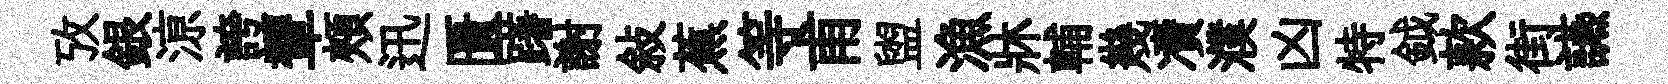
攷銀鿌誇顰頰迅匱躇謝敍蕉等甫盥漁牀輔幾凟濮凶特鉞款街讌